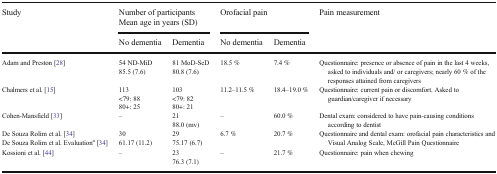
<table><thead><tr><td rowspan="2"><b>Study</b></td><td colspan="2"><b>Number of participantsMean age in years (SD)</b></td><td colspan="2"><b>Orofacial pain</b></td><td rowspan="2"><b>Pain measurement</b></td></tr><tr><td><b>No dementia</b></td><td><b>Dementia</b></td><td><b>No dementia</b></td><td><b>Dementia</b></td></tr></thead><tbody><tr><td>Adam and Preston [28]</td><td>54 ND-MiD85.5 (7.6)</td><td>81 MoD-SeD80.8 (7.6)</td><td>18.5 %</td><td>7.4 %</td><td>Questionnaire: presence or absence of pain in the last 4 weeks, asked to individuals and/ or caregivers; nearly 60 % of the responses attained from caregivers</td></tr><tr><td>Chalmers et al. [15]</td><td>113&lt;79: 8880+: 25</td><td>103&lt;79: 8280+: 21</td><td>11.2–11.5 %</td><td>18.4–19.0 %</td><td>Questionnaire: current pain or discomfort. Asked to guardian/caregiver if necessary</td></tr><tr><td>Cohen-Mansfield [33]</td><td>–</td><td>2188.0 (mv)</td><td>–</td><td>60.0 %</td><td>Dental exam: considered to have pain-causing conditions according to dentist</td></tr><tr><td>De Souza Rolim et al. [34]De Souza Rolim et al. Evaluation<sup>a</sup> [34]</td><td>3061.17 (11.2)</td><td>2975.17 (6.7)</td><td>6.7 %</td><td>20.7 %</td><td>Questionnaire and dental exam: orofacial pain characteristics and Visual Analog Scale, McGill Pain Questionnaire</td></tr><tr><td>Kossioni et al. [44]</td><td>–</td><td>2376.3 (7.1)</td><td>–</td><td>21.7 %</td><td>Questionnaire: pain when chewing</td></tr></tbody></table>